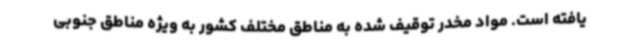
یافته است. مواد مخدر توقیف شده به مناطق مختلف کشور به ویژه مناطق جنوبی